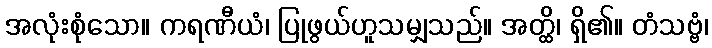
အလုံးစုံသော။ ကရဏီယံ၊ ပြုဖွယ်ဟူသမျှသည်။ အတ္ထိ၊ ရှိ၏။ တံသဗ္ဗံ၊